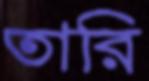
তারি